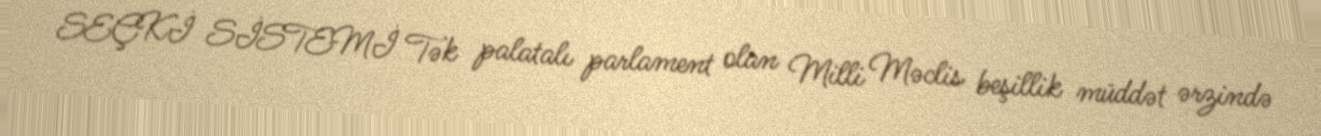
SEÇKİ SİSTEMİ Tək palatalı parlament olan Milli Məclis beşillik müddət ərzində